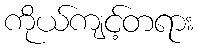
ကိုယ်ကျင့်တရား